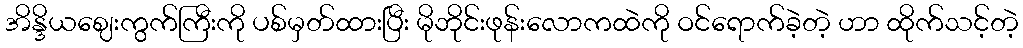
အိန္ဒိယဈေးကွက်ကြီးကို ပစ်မှတ်ထားပြီး မိုဘိုင်းဖုန်းလောကထဲကို ဝင်ရောက်ခဲ့တဲ့ ဟာ ထိုက်သင့်တဲ့